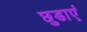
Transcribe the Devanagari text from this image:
छुडाएं